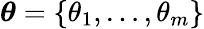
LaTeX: \boldsymbol{\theta}=\{ \theta_{1},\dots,\theta_{m}\}